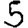
Digit: 5